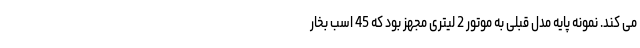
می کند. نمونه پایه مدل قبلی به موتور 2 لیتری مجهز بود که 45 اسب بخار